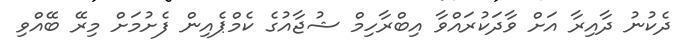
ދެކުނު ދާއިރާ އަށް ވާދަކުރައްވާ އިބްރާހިމް ޝުޖާއުގެ ކެމްޕެއިން ފެށުމަށް މިރޭ ބޭއްވި